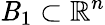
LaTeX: \mathit{B}_{1}\subset\mathbb{{R}}^{n}